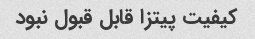
کیفیت پیتزا قابل قبول نبود